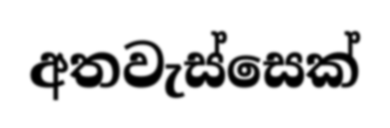
අතවැස්සෙක්